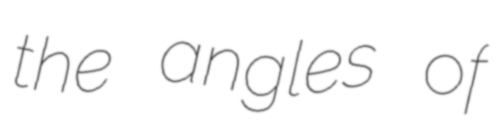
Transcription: the angles of